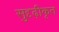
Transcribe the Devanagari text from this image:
सुदृढ़ीकृत